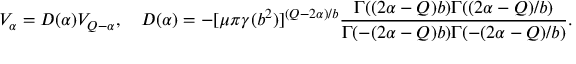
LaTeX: V _ { \alpha } = D ( \alpha ) V _ { Q - \alpha } , ~ ~ ~ D ( \alpha ) = - [ \mu \pi \gamma ( b ^ { 2 } ) ] ^ { ( Q - 2 \alpha ) / b } \frac { \Gamma ( ( 2 \alpha - Q ) b ) \Gamma ( ( 2 \alpha - Q ) / b ) } { \Gamma ( - ( 2 \alpha - Q ) b ) \Gamma ( - ( 2 \alpha - Q ) / b ) } .